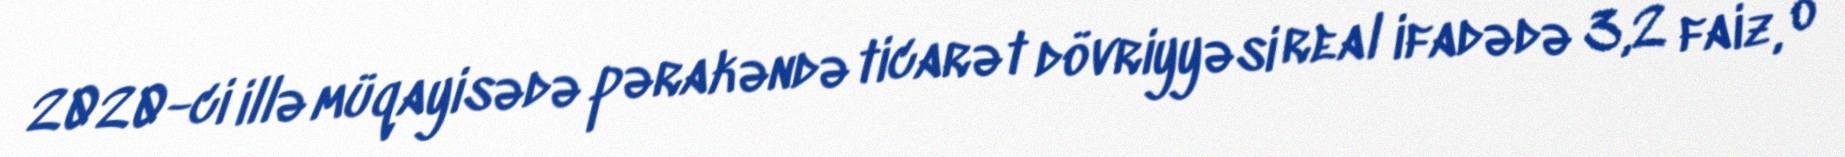
2020-ci illə müqayisədə pərakəndə ticarət dövriyyəsi real ifadədə 3,2 faiz, o